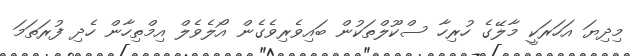
މިދިޔަ އަހަރަކީ މާލޭގެ ހުރިހާ ސްކޫލްތަކުން ބައިވެރިވެގެން އޯލެވެލް އިމްތިހާން ހެދި ފުރަތަމަ